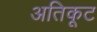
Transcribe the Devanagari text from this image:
अतिकूट